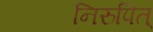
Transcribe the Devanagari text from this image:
निरुपित्